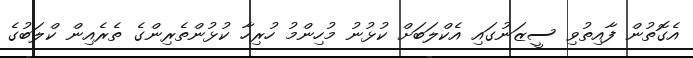
އެގޮތުން ފާއިތުވި ސީޒަނުގައި އެކްލަބަށް ކުޅުނު މުހިންމު ހުރިހާ ކުޅުންތެރިންގެ ތެރެއިން ކްލަބުގެ